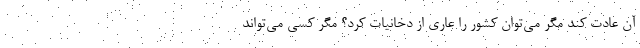
آن عادت کند مگر می‌توان کشور را عاری از دخانیات کرد؟ مگر کسی می‌تواند